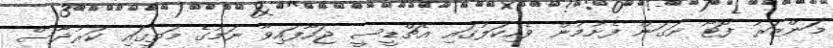
މަންޒަރު ފޮޓޯ ނަގަން ފެށުމުން ވެހިކަލުގައި އެޗްޑީސީ ޖަހާފައިވާ ނަމުގެ މަތީގައި ކަރުދާސް